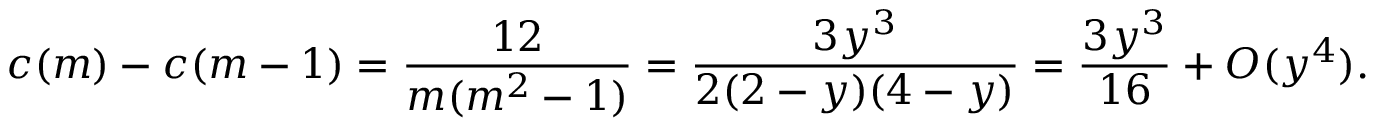
c ( m ) - c ( m - 1 ) = \frac { 1 2 } { m ( m ^ { 2 } - 1 ) } = \frac { 3 y ^ { 3 } } { 2 ( 2 - y ) ( 4 - y ) } = \frac { 3 y ^ { 3 } } { 1 6 } + O ( y ^ { 4 } ) .